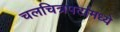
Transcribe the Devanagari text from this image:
चलचित्रपटांमध्ये